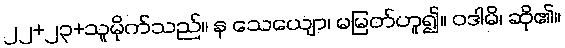
၂၂+၂၃+သူမိုက်သည်။ န သေယျော၊ မမြတ်ဟူ၍။ ဝဒါမိ၊ ဆို၏။